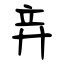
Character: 竎